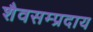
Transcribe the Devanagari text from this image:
शैवसम्प्रदाय